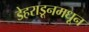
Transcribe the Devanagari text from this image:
डेहराडूनमधून